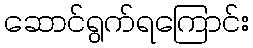
ဆောင်ရွက်ရကြောင်း